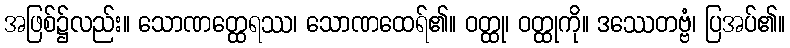
အဖြစ်၌လည်း။ သောဏတ္ထေရဿ၊ သောဏထေရ်၏။ ဝတ္ထု၊ ဝတ္ထုကို။ ဒဿေတဗ္ဗံ၊ ပြအပ်၏။